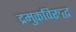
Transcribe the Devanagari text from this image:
द्रमुकविरुद्ध